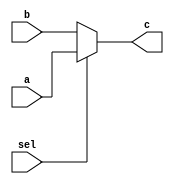
//sel.v
module sel(a,b,sel,c);
	input [7:0] a,b;//a=in00,in01,b=in01,in11
	input sel;
	output wire [7:0] c;

assign c = (sel) ? a:b;
endmodule